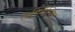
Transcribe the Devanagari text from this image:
विमिनैलिस